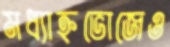
মধ্যাহ্নভোজেও